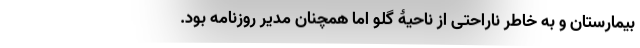
بیمارستان و به خاطر ناراحتی از ناحیۀ گلو اما همچنان مدیر روزنامه بود.